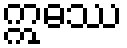
ဣဓဿ